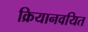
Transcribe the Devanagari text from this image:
क्रियानवयित